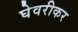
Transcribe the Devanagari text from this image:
घेवरीकर